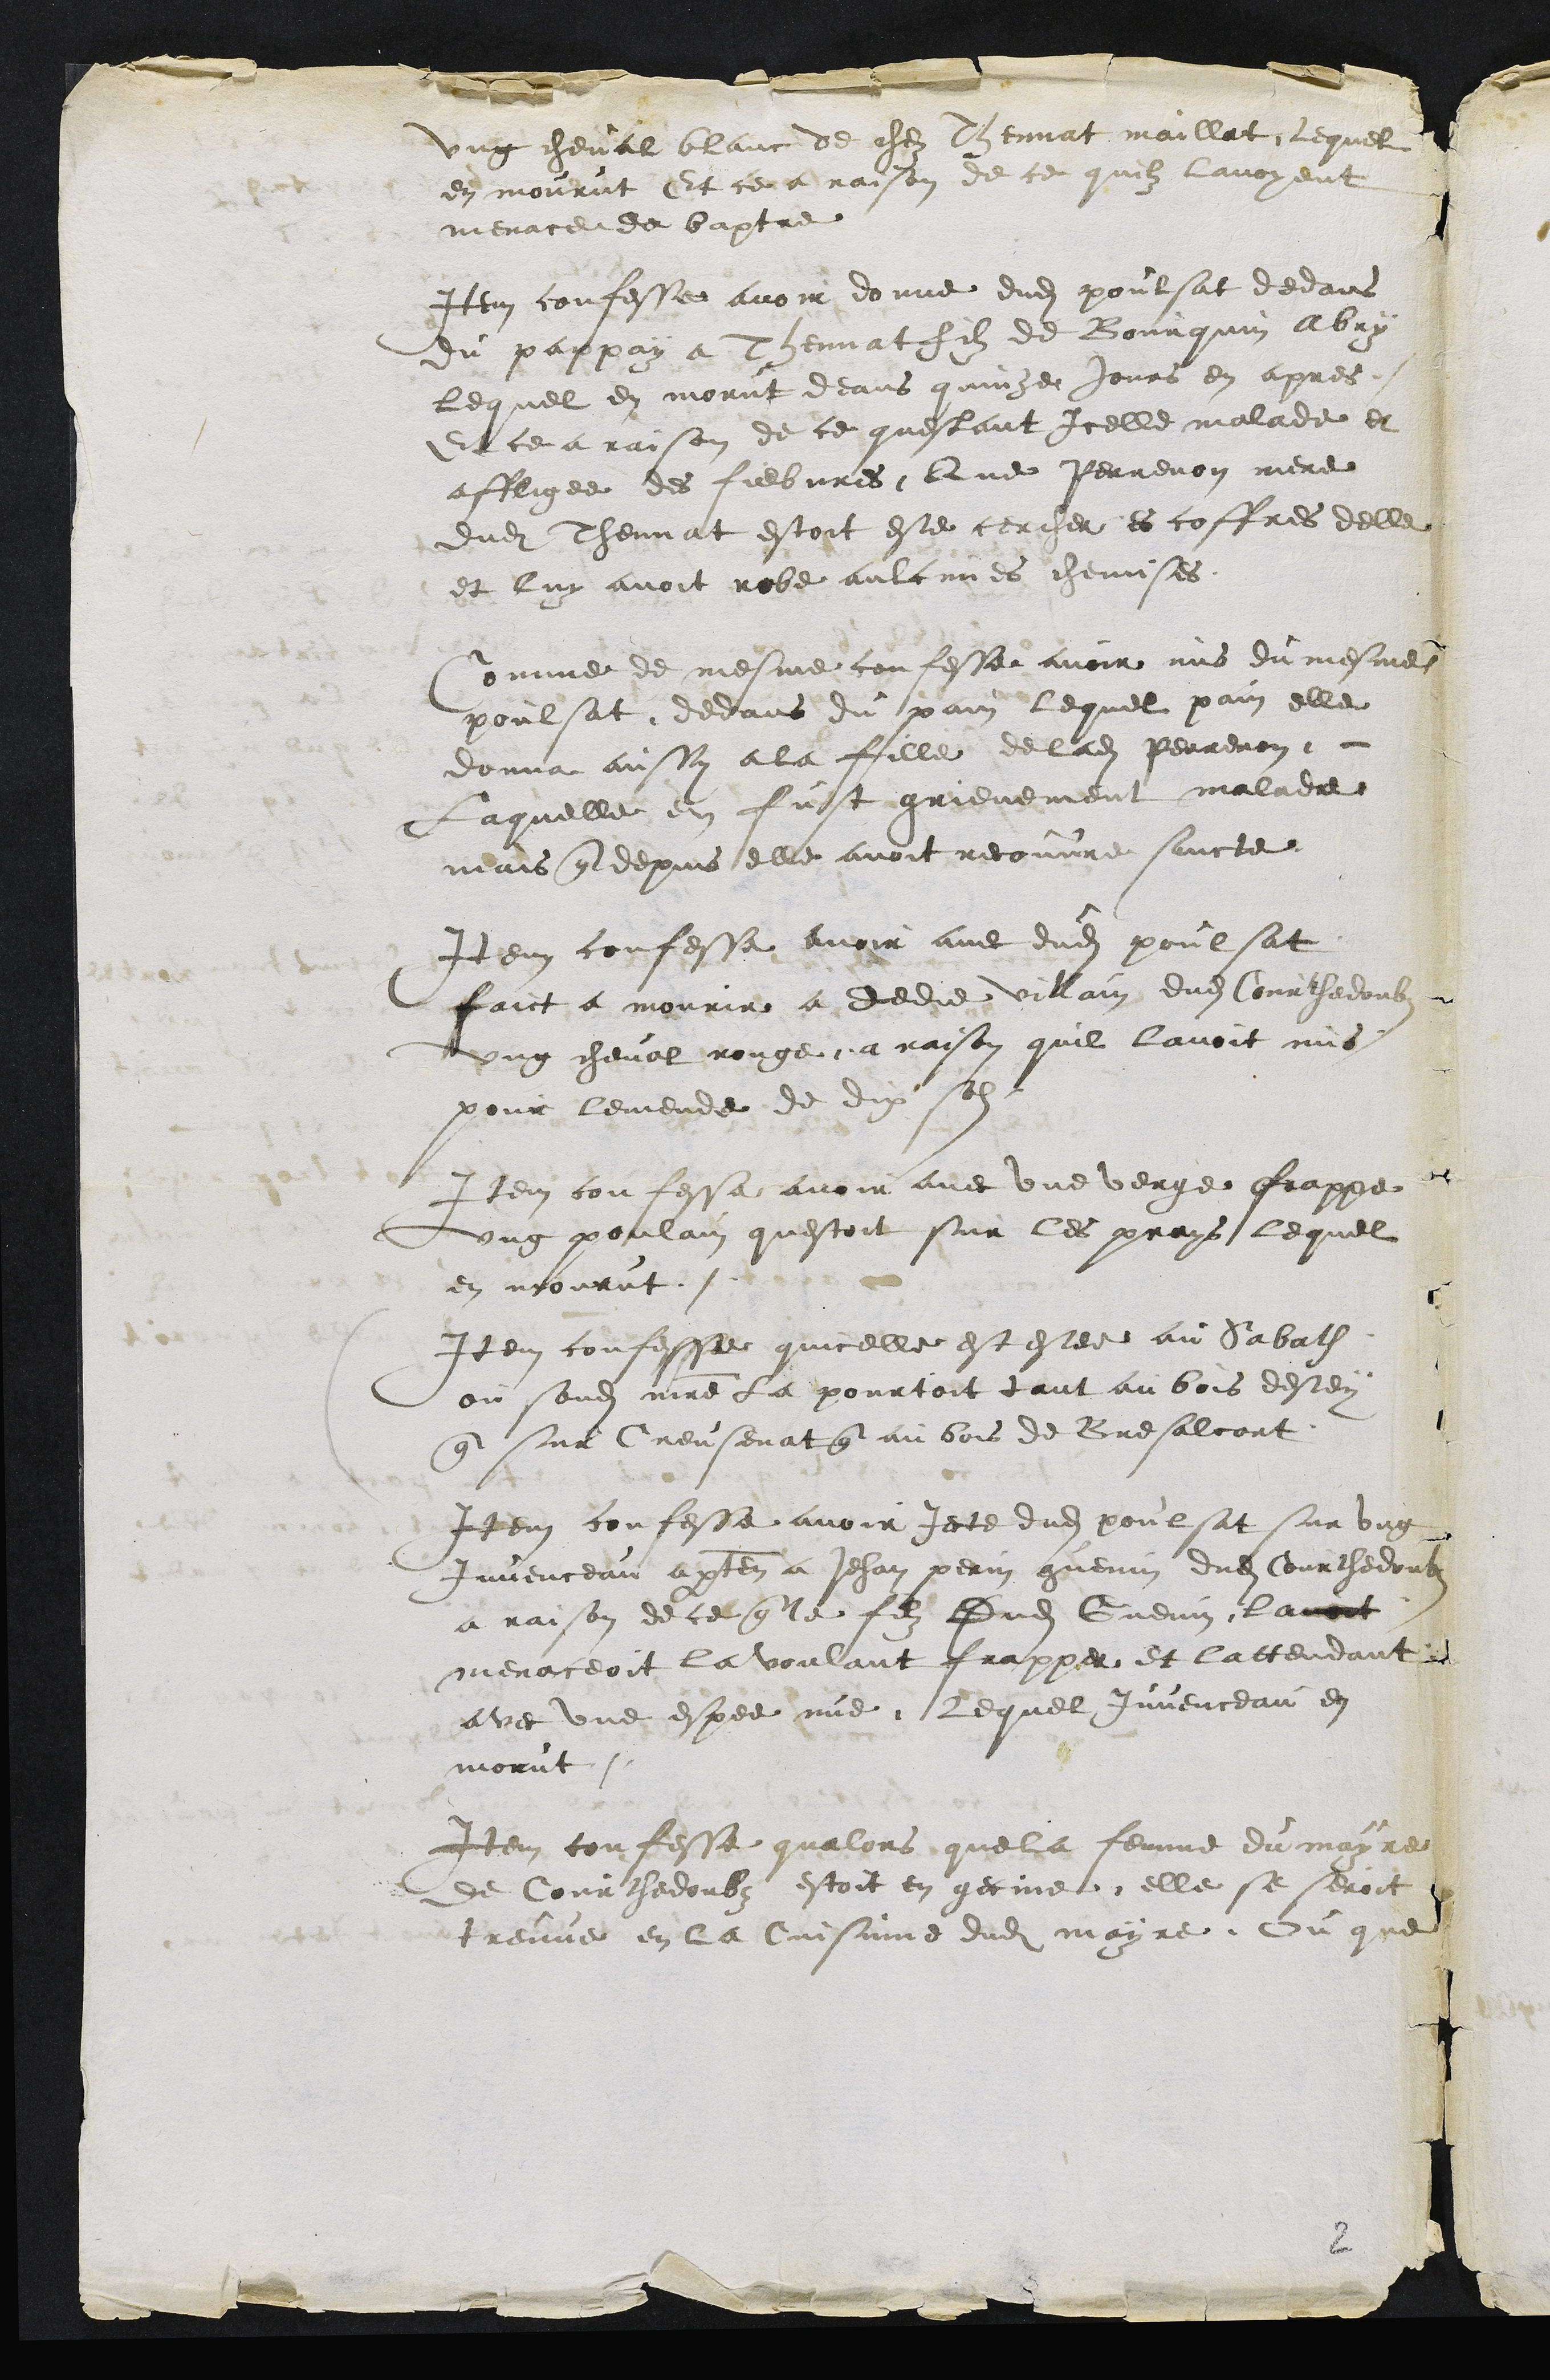
ung cheval blanc de chez Thennat maillat, lequel
en mourut Et ce a raison de ce quilz lavoyent
menace de baptre
Item confesse avoir donne dudit poulsat dedans
du pappay a Thennat filz de Bourquin Abry
lequel en morut deans quinze jours en apres
Et ce a raison de ce questant Icelle malade et
affligee des fiebres, Que Perrenon mere
dudit Thennat estoit este cercher es coffres delle
et luy avoit robe aulcunes chemises.
Comme de mesme confesse avoir mis du mesmes
poulsat dedans du pain lequel pain elle
donna aussy a la fille de ladite Perrenon,
Laquelle en fust grievement malade
mais que depuis elle avoit recouvre sancte
Item confesse avoir avec dudit poulsat
faict a mourir a Dedie villain dudit Courthedoubs
ung cheval rouge a raison quil lavoit mis
pour lemende de dix sols
Item confesse avoir avec une verge frappe
ung poulain questoit sur les prays lequel
en mourut /
Item confesse quicelle est estee au Sabath
ou sondit maitre la pourtoit tant au bois destey
que sur Creusenat que au bois de Bresalcort
Item confesse avoir jecte dudit poulsat sur ung
Juvenceau apartenant a Jehan perin guenin dudit Courthedoubs
a raison de ce que le filz Dudit Guenin lavoit
menaceoit la voulant frapper et lattendant
avec une espee nue. Lequel Juvenceau en
morut /
Item confesse qualors que la femme du mayre
de Courthedoubs estoit en gecine elle se seroit
treuve en la Cuisinne dudit mayre Ou que